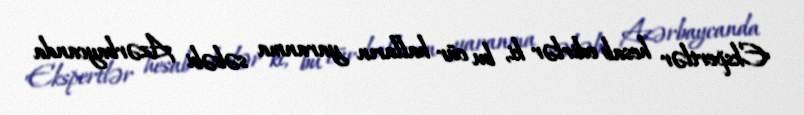
Ekspertlər hesab edirlər ki, bu cür halların yaranma səbəbi Azərbaycanda